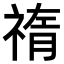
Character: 𥚨